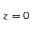
z = 0